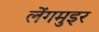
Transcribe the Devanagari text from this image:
लेंगमुइर